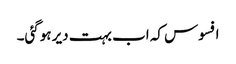
افسوس کہ اب بہت دیر ہوگئی۔